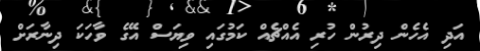
އަދި އެހެން ދިރުން ހުރި އެއްޗެއް ކަމުގައި ވިޔަސް އޭގެ ވާހަކަ ދިނާރަށް